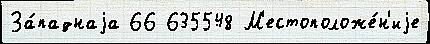
За́паднаjа 66 635548 М'естоположе́н'иjе